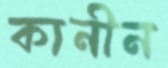
কানীন